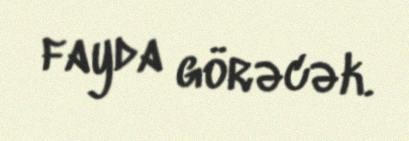
fayda görəcək.